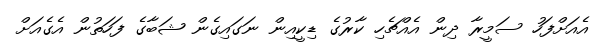
އެއަށްފަހު ސަމީރާ ދިން އެއްޗެހި ކާރުގެ ޑިކީއިން ނަގައިގެން ޝަބާގެ ފަހަތުން އެގެއަށް